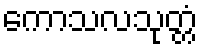
ကောသလသုတ္တံ